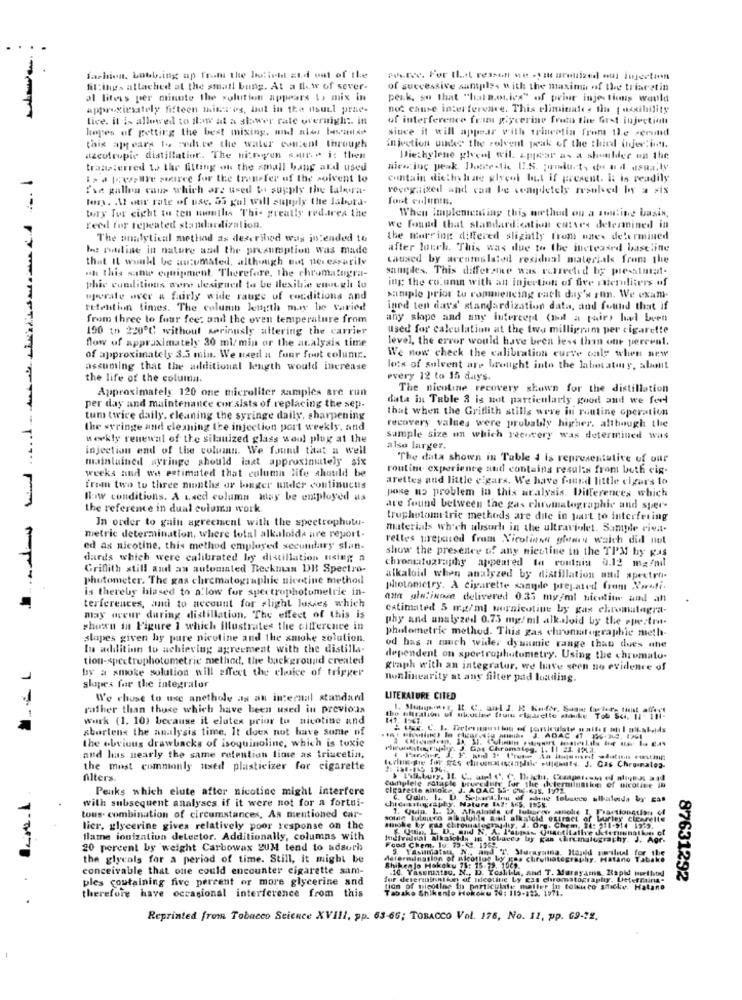
fashion, Lowb.ing up from the belicht and out of the
fil:ilies attached at the small bung. At a flow of sever-
of successive suntpiles with the maxima of the triacetin
ol liters per cunute the solution appears L, mix in
peak, so that "hat a.ouies" of prior inje tions would
approximately fifteen miner'es, but in the nsurl prae-
not cause interference. This eliminates the [ ossibility
lice. it is allowed to ilow at a shower rate overnight. in
of interference fram glycerine frem the first injection
hopes of getting the best mixing, mal alos becadir
since it will appear with trincetia from the serund
this ajyears to reduce the water content through
injection under the solvent peak of the third injer.int.
azedfrupie distillatior. The ningen sauna is then
Diethylene glycol wil. appear as a shoulder on the
transferred to the fitting on the small bang ald used
wiew inc peak. Poste -tic U.S. products de a d usually
i > d presse source for the transfer of the solvent to
cuntain diethy lene glycol It if present. It is readily
Ise gallon caus which are used to supply the lalera-
recognized and can be seandetely mouled by a sis
los. At our rate of use. as gul will supply the labora-
Tout enlimin.
tory for eight to ten uwoutlis Thi- greatly red.area the
When Implementing this method ou a sonting basis,
reed for repeated standardization.
we found that standardication cases determined in
The analytical method as described was intended to
the marring differed slightly from nes de'ermined
bes rotline in nature and the presumption was made
after touch. This was due to the increased baseline
that It would be an:umated, although not necessarily
caused by accumulated residual materials from the
oh this sinte equipment. Therefore, the chromatogra-
samples. This differsme was ratreeled by prestmat-
ing the column with an injection of five recruiters of
phic conditions were designed to be ilexilile enough to
operate aver & furly wide range of conditions and
sample prior to commencing each day's run. We exam-
retention times. The column Jettyth may be varied
ined ten day's' standardization data, and found that if
from three lo four fee: and the oven temperature from
any slope and any intercept (Ihit a pairs had been
190 tn 2200℃ without seriously altering the carrier
used for calculation at the two milligram per cigarette
flow of approximately 30 mi/ min or the analysis time
level, the error would have been less than one percent.
of approximately 3.3 min. We used a four foot columc.
We now check the calibration curve only when new
assuming that the additional length would increase
lots of solvent are brought into the laboratory, about
the life of the column.
every 12 to 15 days.
Approximately 120 one microliter samples are run
The nicoline recovery shown for the distillation
data in Table 2 is not particularly good and we feel
per day and maintenance coralsts of replacing the sep.
that when the Gritlith stills were in routine operation
tum twice daily. cleaning the syringe daily, sharpening
the syringe and cleaning tce injection port weekly, and
recovery values were probably higher. although the
weekly renewal of the silauized glass wool plug at the
sample size in which recovery was determined was
injection end of the column. We found that a well
also larger.
maintained syringe should laat approximately six
The data shown in Table 4 is representative of our
weeks and we estimated that column life should be
routine experience autl contains results from both cig-
arettes and little e gars. We have found little cigars lo
from two to three months or binger under continucuis
pose no problem in this aralysis. Differences which
low conditions. A Laed column may be employed as
the reference in dual column work
are found between the gas chromatographic and sper-
In order to gain agreement with the spectrophutu-
truphotom trie methods are dile in part to interfering
materials which ubsurl in the ultraviolet. Sample rien.
metric determination, where total alkaloids are report-
rettes prepared from Nicoline glowry waich did not
ed as nicotine, this method employed secondary slan-
show the presence of any nicotine in the TPM by gas
dards which were calibrated by distillation using a
Griffith still and an automated Beckman DB Spectro-
chromatography appeared la routain 0.12 mg/mil
photometer. The gas chromatographic nicotine method
alkaloid when analyzed by distillation und spectra-
is thereby biased to allow for spertruphotometrie in-
photometry. A cigarette sangde prejated from Nosti.
terferences, and to account for slight losses which
au glolinose delivered 0.33 my/ml nicotine and an
estimated 5 mg/ml wernicotine by gas chromatogra-
may oveur during distillation. The effect of this is
phy and analyzed 0.75 mg/ml alkaloid by the spectra-
shown in Figure 1 which illustrates the cifference in
photometric method. This gas chromatographie meth
slopes given by pure nicotine and the smoke solution.
In addition to achieving agreement with the distill-
od has a much wider dynamic range than dues ane
tion-spectrophotometric method, the background created
dependent on spectrophotometry. Using the chromato-
by a smoke solution will affect the choice of trigger
graph with an integrator, we have seen no evidence of
nonlinearity at any filter pad loading.
slopes for the integralor
We chose to use anethole as an internal standard
LITERATURE CITED
rather than those which have been used in previous
work (1. 10) because it elutex prior to nicotine and
sborlens the analysis time. It does not have some of
the obvious drawbacks of isoquinoline, which is toxic
and has nearly the same retention line as triucetin,
the most commonly used plasticizer for cigarette
Alters.
Peaks which elute after nicotine might interfere
cigarette altok.J. ADAC 55- CY-GIS. 1972.
Cumplele rataple procedury for the determination of nicoline In
with subsequent analyses if it were not for a fortni-
C. Ouin. I. U. Separt.bu of shine tobacco alkaloids by cas
1. Quin. L. D. Athalaids of lulando sanolie
tous. combination of circumstances, As mentioned car-
solne tulauco @ halghle sad alkaloid erifact or
lier, glycerine gives relatively poor response on the
smoke by gas chromatogry liy, J. Org. Chem, 14: 211-914 1319.
flame ionization detector. Additionally, columns with
Individual alkalofly in tobavey by gas chromatography. J. Agr.
20 percent by weight Carbowax ZUM tend to adauth
cod Chem, lu: 13-6. 136
and T" Murayuina, Hand voll for the
the glycols for a period of time. Still, it might be
determination of picotlos by gos chrolliatography. Hatano Tabake
conceivable that one could encounter cigarette sam-
Shikenlo Hakoku 75: 15-29. 1069.
.10. Yasematsu. N ., D. Yoshitla, and T. Murayama, Rapid mwellvod
ples coutaining five percent or more glycerine and
for determination of Idcoutne Ly gas chromatography. Deterruina-
87631292
tion of nicotine in particulate maller in tolvuco sticky. Hatano
Tabake Shikenio Hokoku 74: 115-122. 1971.
. .
therefore have occasional interference from this
Reprinted from Tobacco Science XVIII, pp. 63-66; TOBACCO Vol. 276, No. 12, pp. G9-22.